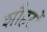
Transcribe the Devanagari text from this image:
शौहरों